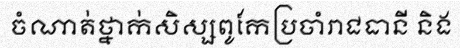
ចំណាត់ថ្នាក់សិស្សពូកែប្រចាំរាជធានី និង